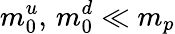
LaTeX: m_{0}^{u},\, m_{0}^{d}\ll m_{p}